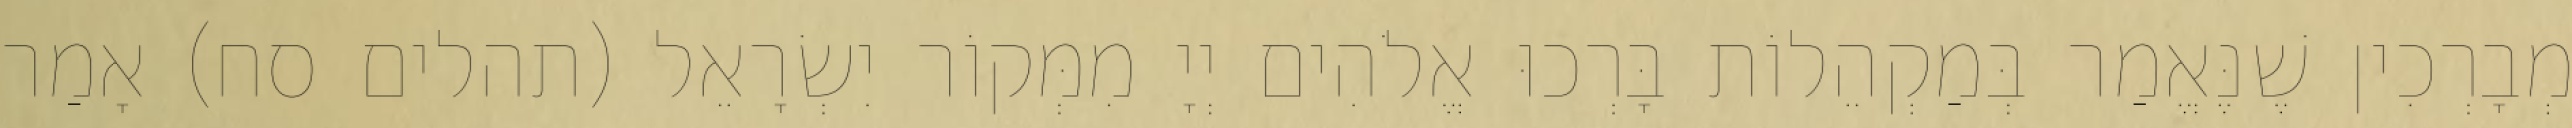
מְבָרְכִין שֶׁנֶּאֱמַר בְּמַקְהֵלוֹת בָּרְכוּ אֱלֹהִים יְיָ מִמְּקוֹר יִשְׂרָאֵל (תהלים סח) אָמַר